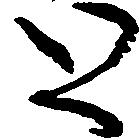
と